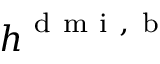
\boldsymbol { h } ^ { \mathrm { ~ d ~ m ~ i ~ , ~ b ~ } }